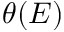
\theta ( E )